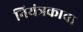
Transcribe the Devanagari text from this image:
नियंत्रकाचा